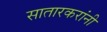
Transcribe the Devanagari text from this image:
सातारकरांनी